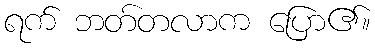
ရက် ဘတ်တလာက ပြော၏။